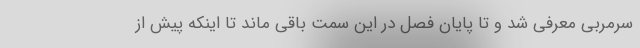
سرمربی معرفی شد و تا پایان فصل در این سمت باقی ماند تا اینکه پیش از